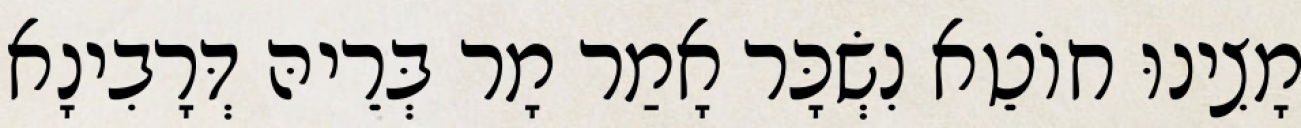
מָצִינוּ חוֹטֵא נִשְׂכָּר אָמַר מָר בְּרֵיהּ דְּרָבִינָא